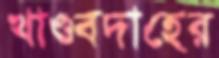
খাণ্ডবদাহের